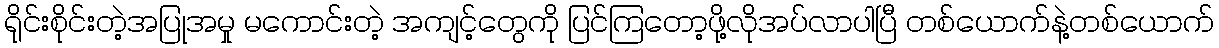
ရိုင်းစိုင်းတဲ့အပြုအမှု မကောင်းတဲ့ အကျင့်တွေကို ပြင်ကြတော့ဖို့လိုအပ်လာပါပြီ တစ်ယောက်နဲ့တစ်ယောက်